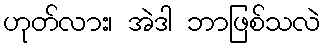
ဟုတ်လား၊ အဲဒါ ဘာဖြစ်သလဲ